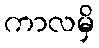
ကာလမှိ